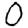
Digit: 0